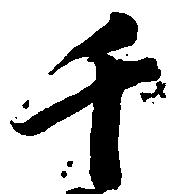
千